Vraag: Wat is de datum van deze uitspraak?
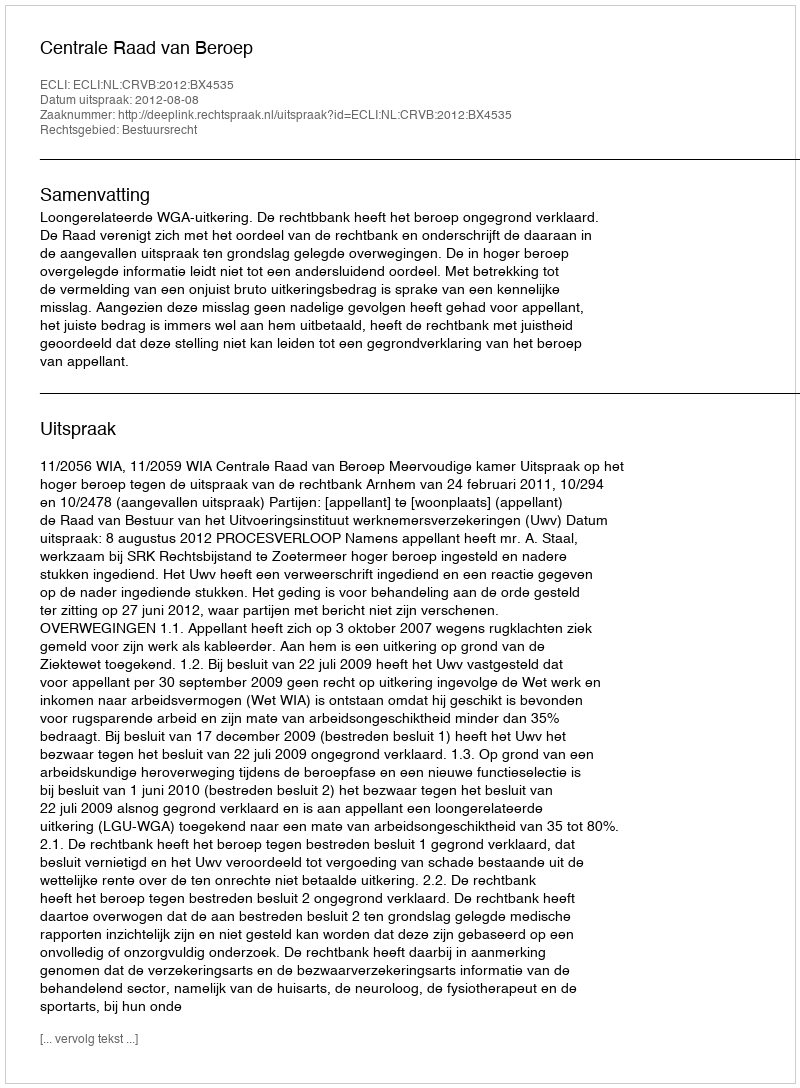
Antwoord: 2012-08-08